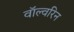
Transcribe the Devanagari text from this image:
वॉल्वरिन